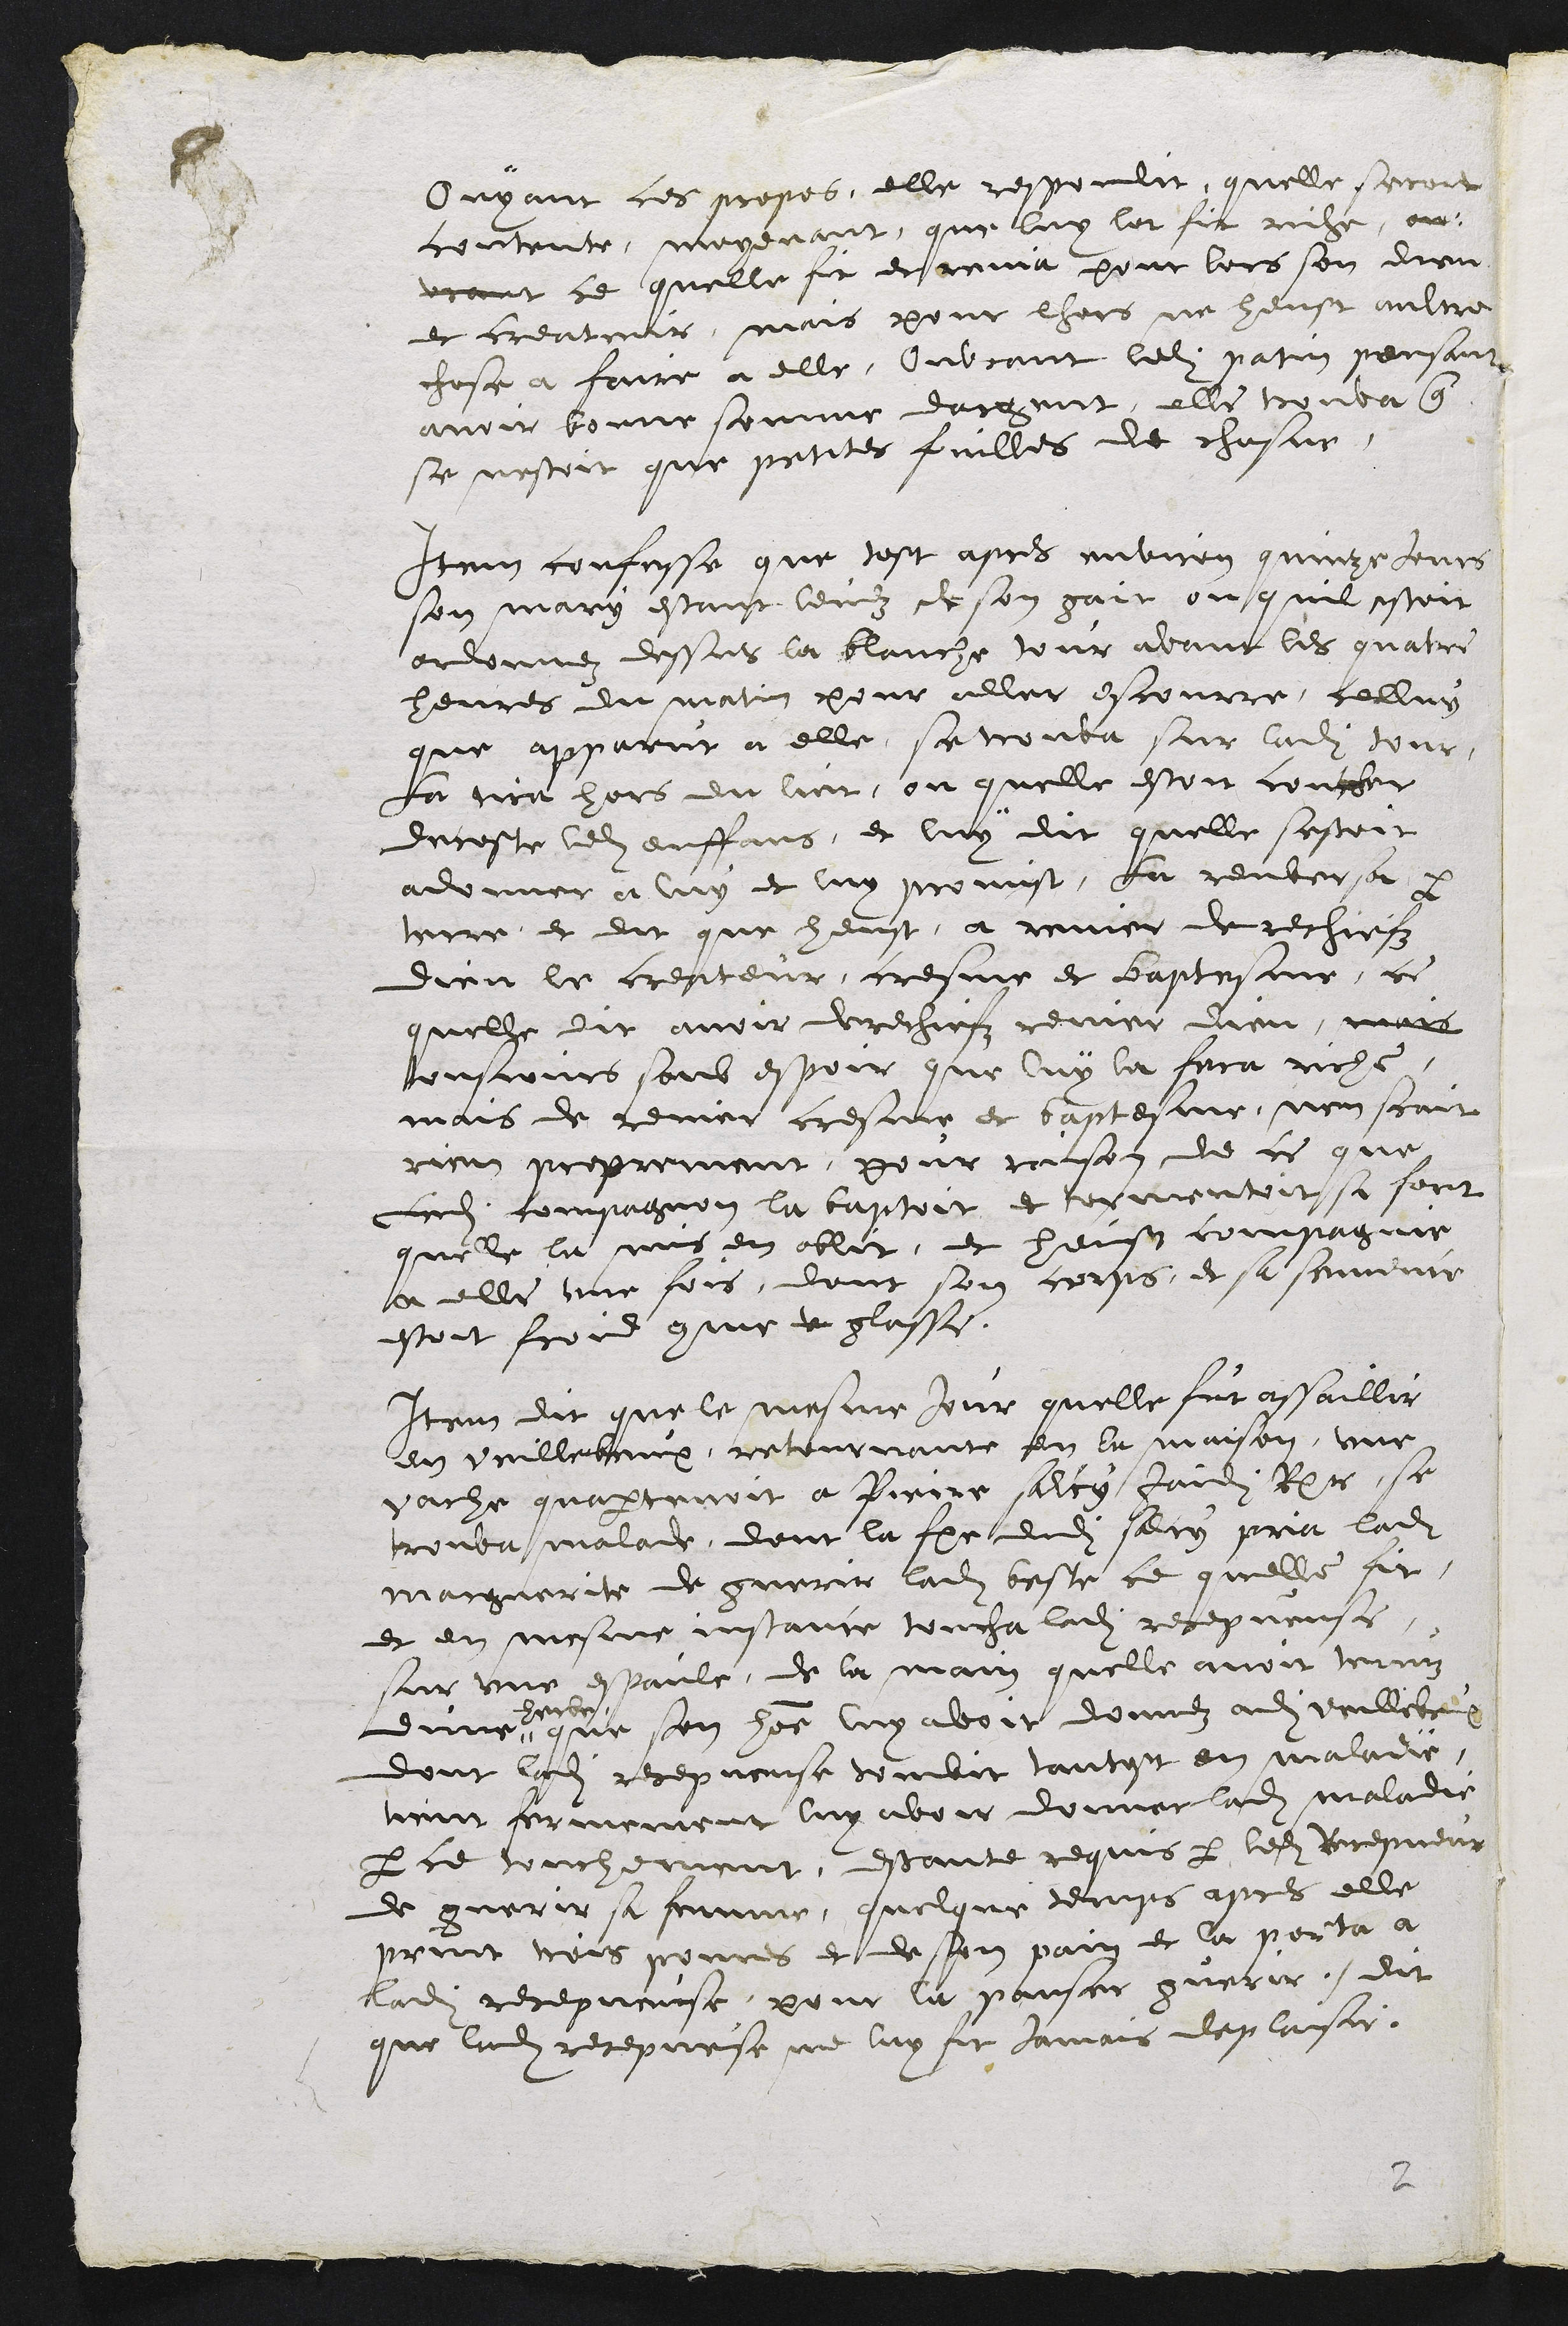
Ouyant ces propos, elle respondit, quelle seroit
contente, moyenant, que luy let fit riche, ou¬
vrant ce quelle fit et renia pour lors son dieu
et createur, mais pour lhors ne heust aultre
chose a faire a elle, Ouvrant ledit patin pensant
avoir bonne somme dargent, elle treuva que
se nestoit que petites fuilles de chasne.
Item confesse que tost apres environ quinze jours
son mary estant levez de son gait ou quil estoit
ordonnez dessus la blanche tour avant les quatre
heures du matin pour aller escourre celluy
que apparut a elle, se trouva sur ladite tour
La tira hors du lict, ou quelle estoit coucher
decoste ledit enffans, et luy dit quelle sestoit
addonner a luy et luy promist, la renversa par
terre et dit que heust a renier derechiefz
dieu le createur, cresme et baptesme, ce
quelle dit avoir derechiefz renier dieu, mais
tousjours soub espoir que luy la fera riche,
mais de renier cresme et baptesme, nen scait
rien proprement, pour raison de ce que
ledit compagnon la bastoit, et tormentoit si fort
quelle le mis en oblit, et heust compagnie
a elle une fois, dont son corps, et sa semence
estoit froid comme v glasse.
Item dit que le mesme jour quelle fut assaillir
en vuillebeux, retournante en la maison, une
vache quapartenoit a Pierre Salcy Jaidi Recepveur se
trouva malade, dont la femme dudit salcy pria ladite
marguerite de guerir ladite beste ce quelle fit,
et en mesme instance toucha ladite recepveuse
sur une espaule, de la main quelle avoit tenuz
dune
herbe
que son homme luy avoit donnez audit veuillebeux
dont ladite recepveuse tombit tantost en maladie
tient fermement luy avoir donner ladite maladie
par ce touchement, estante requis par ledit Recepveur
de guerir sa femme, quelque temps apres elle
print trois pomes et de son pain et la porta a
ladite recepveuse pour la panser guerir. dit
que ladite recepveuse ne luy fit Jamais deplaisir.

2